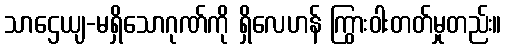
သာဌေယျ-မရှိသောဂုဏ်ကို ရှိလေဟန် ကြွားဝါးတတ်မှုတည်း။